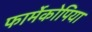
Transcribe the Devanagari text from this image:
फार्मेकोपिया